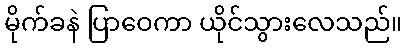
မိုက်ခနဲ ပြာဝေကာ ယိုင်သွားလေသည်။